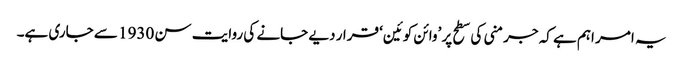
یہ امر اہم ہے کہ جرمنی کی سطح پر ’وائن کوئین‘ قرار دیے جانے کی روایت سن 1930 سے جاری ہے۔